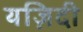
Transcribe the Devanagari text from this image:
यज़िदी